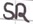
Text: SR